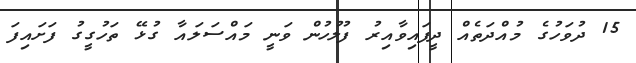
15 ދުވަހުގެ މުއްދަތެއް ދީފައިވާއިރު ފުލުހުން ވަނީ މައްސަލައާ ގުޅޭ ތަހުގީގު ފަށައިފަ